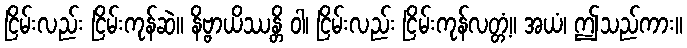
ငြိမ်းလည်း ငြိမ်းကုန်ဆဲ။ နိဗ္ဗာယိဿန္တိ ဝါ၊ ငြိမ်းလည်း ငြိမ်းကုန်လတ္တံ့။ အယံ၊ ဤသည်ကား။